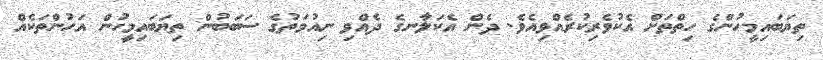
ތިޔަބައިމީހުންގެ ހިތްތަށް އެކުވެރިކުރެއްވިއެވެ. ދެން އެކަލާނގެ ދެއްވި ނިއުމަތުގެ ސަބަބުން ތިޔަބައިމީހުން އަހުންތަކެއް